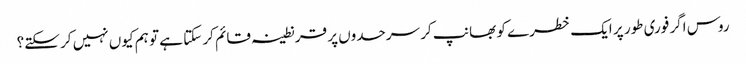
روس اگر فوری طور پر ایک خطرے کو بھانپ کر سرحدوں پر قرنطینہ قائم کر سکتا ہے تو ہم کیوں نہیں کر سکتے؟